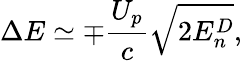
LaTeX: \Delta E\simeq\mp\frac{U_{p}}{c}\sqrt{2E_{n}^{D}},